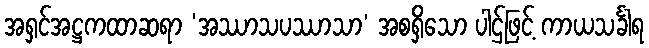
အရှင်အဋ္ဌကထာဆရာ ‘အဿာသပဿာသာ’ အစရှိသော ပါဌ်ဖြင့် ကာယသင်္ခါရ